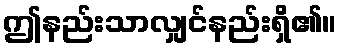
ဤနည်းသာလျှင်နည်းရှိ၏။